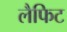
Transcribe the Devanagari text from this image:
लैफिट